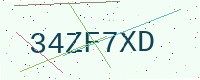
Text: 34ZF7XD